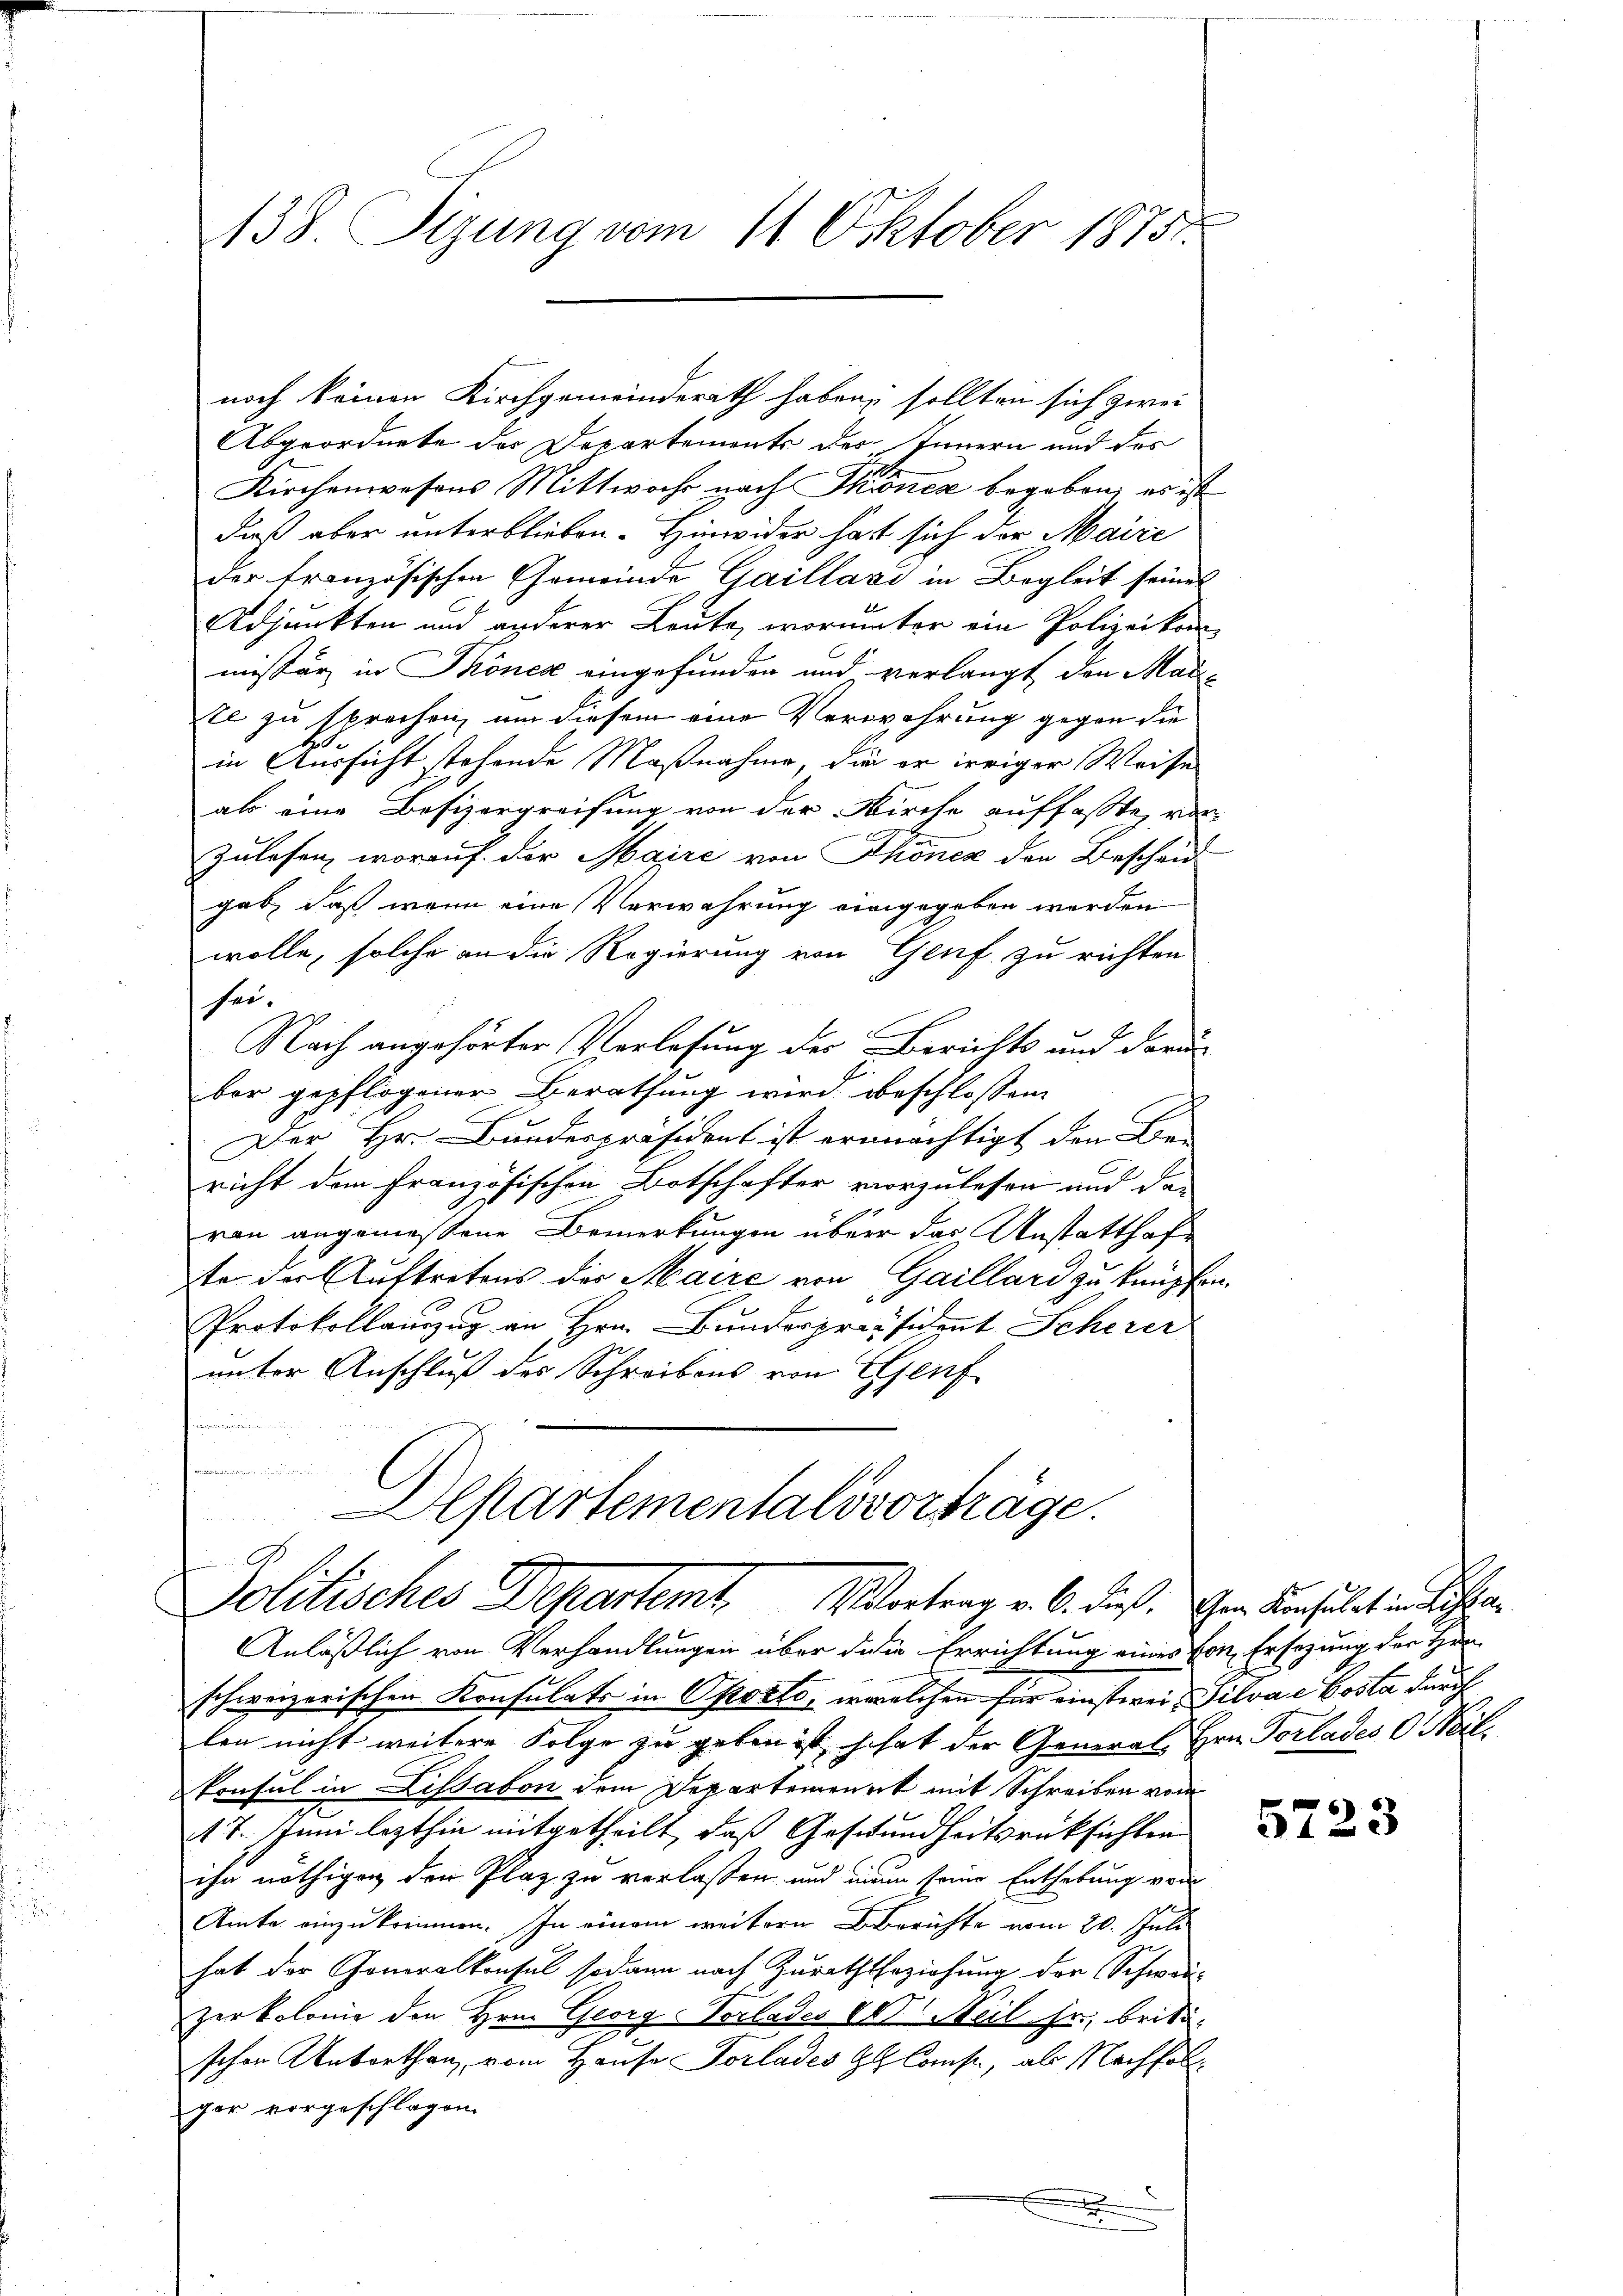
138. Sizung vom 11. Oktober 1875.

noch keinen Kirchgemeinderath haben, sollten sich zwei
Abgeordnete des Departemonts des Innern und des
Kirchenwesens Mittwoche nach Skoner begeben; es ist
daß aber unterblieben. Hinwider hat sich der Maire
der französischen Gemeinde Gaillasi in Begleit seines
C
Adjunkten und anderer Leute, worunter ein Polizeikon
missär in Thönes eingefunden und verlangt den Mai-
te zu sprechen, um diesem eine Verwahrung gegen die
in Aussicht stehende Maßnahme, die er irriger Weise
als eine Besizergreifung von der Kirche auffasste, vor-
zulesen, worauf der Maire von Thonen der Bescheid
gab, daß wenn eine Verwahrung eingegeben werden
wolle, solche an die Regierung von Genf zu richten
her.
Nach angehörter Verlesung des Berichts und darun
ber gepflogener Berathung wird beschlossen
Der Hr. Bundespräsident ist ermächtigt den Be-
richt dem französischen Botschafter vorzulesen und der
rau angemessene Bemerkungen über das Anstatthafte der Auftretens der Maire von Gaillard zu knüpfen.
Protokollauszug an Hrn. Bunderpräsident Scherer
unter Anschluß des Schreibens von Genf
ven

Apartementalovortrage.

Politisches Departemt. Wortrag v. 6. dieß. Der Konsulat in die

Anläßlich von Verhandlungen über dein Errichtung eines von Ersezung der Her
schweizerischen Konsulats in Oporto, welchen für einstwei. Silvae Costa durch
len nicht weitere Folge zu geben ist, schat der General Hrn. Vorlades 0. Sil¬
Konsul in Lissabon dem Departement mit Schreiben vom
17. Juni lezthin mitgetheilt, daß Gesundheitsrücksichten
ihr nöthigen den Plaz zu verlassen und einen seine Enthebung von
Amte einzukommen. In einem weitern Berichte vom 20. Juli
hat der Generalkonsul sodann nach Zurath Erziehung der Schwei¬
Zerkolonie den Hrn. Georg Vorlades CV Neil fr., brita-
schen Unterthan, vom Hause Vorlades H Camp, als Nachfol
gar vorgeschlagen.
F
.

5723